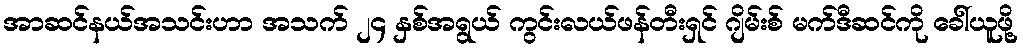
အာဆင်နယ်အသင်းဟာ အသက် ၂၄ နှစ်အရွယ် ကွင်းလယ်ဖန်တီးရှင် ဂျိမ်းစ် မက်ဒီဆင်ကို ခေါ်ယူဖို့